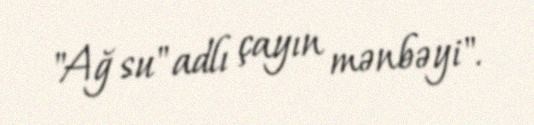
"Ağ su" adlı çayın mənbəyi".